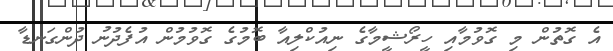
އެ ގޮތުން މި ގޮވުމާއި ހީރޯޝީމާގެ ނިއުކްލިއާ ބޮމުގެ ގޮވުމުން އުފެދުނު ދުންގަނޑާ